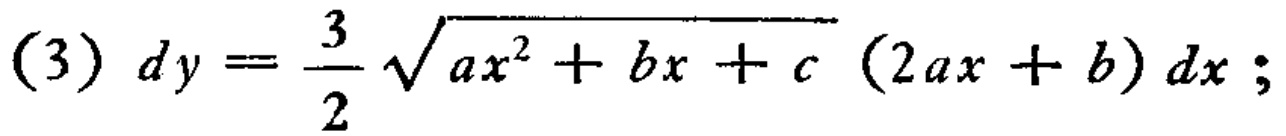
\((3)\; dy = \frac{3}{2} \sqrt{ax^{2}+bx + c}\; (2ax + b)\; dx;\)